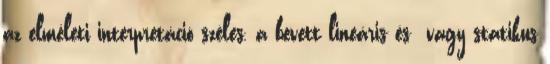
az elméleti interpretáció széles, a bevett lineáris és vagy statikus